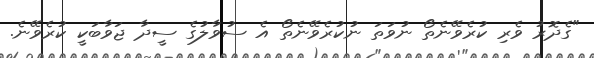
"ގެދޮރު ވެރި ކުރެވޭނެތޯ ނުވަތަ ނުކުރެވޭނެތޯ އެ ސުވާލުގެ ސީދާ ޖަވާބަކީ ކުރެވޭނެ.